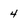
Character: 4